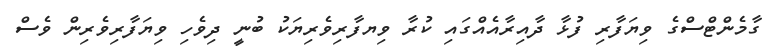
ގާމެންޓްސްގެ ވިޔަފާރި ފުޅާ ދާއިރާއެއްގައި ކުރާ ވިޔފާރިވެރިޔަކު ބުނީ ދިވެހި ވިޔަފާރިވެރިން ވެސް